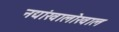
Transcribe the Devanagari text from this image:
नद्यांखालोखाल